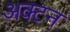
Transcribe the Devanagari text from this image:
अक्टन